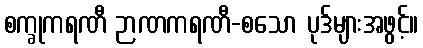
စက္ခုကရဏီ ဉာဏကရဏီ-စသော ပုဒ်များအဖွင့်။